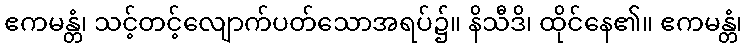
ဧကမန္တံ၊ သင့်တင့်လျောက်ပတ်သောအရပ်၌။ နိသီဒိ၊ ထိုင်နေ၏။ ဧကမန္တံ၊